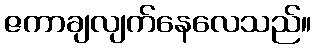
ဇကာချလျက်နေလေသည်။